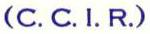
(C. C. I. R.)